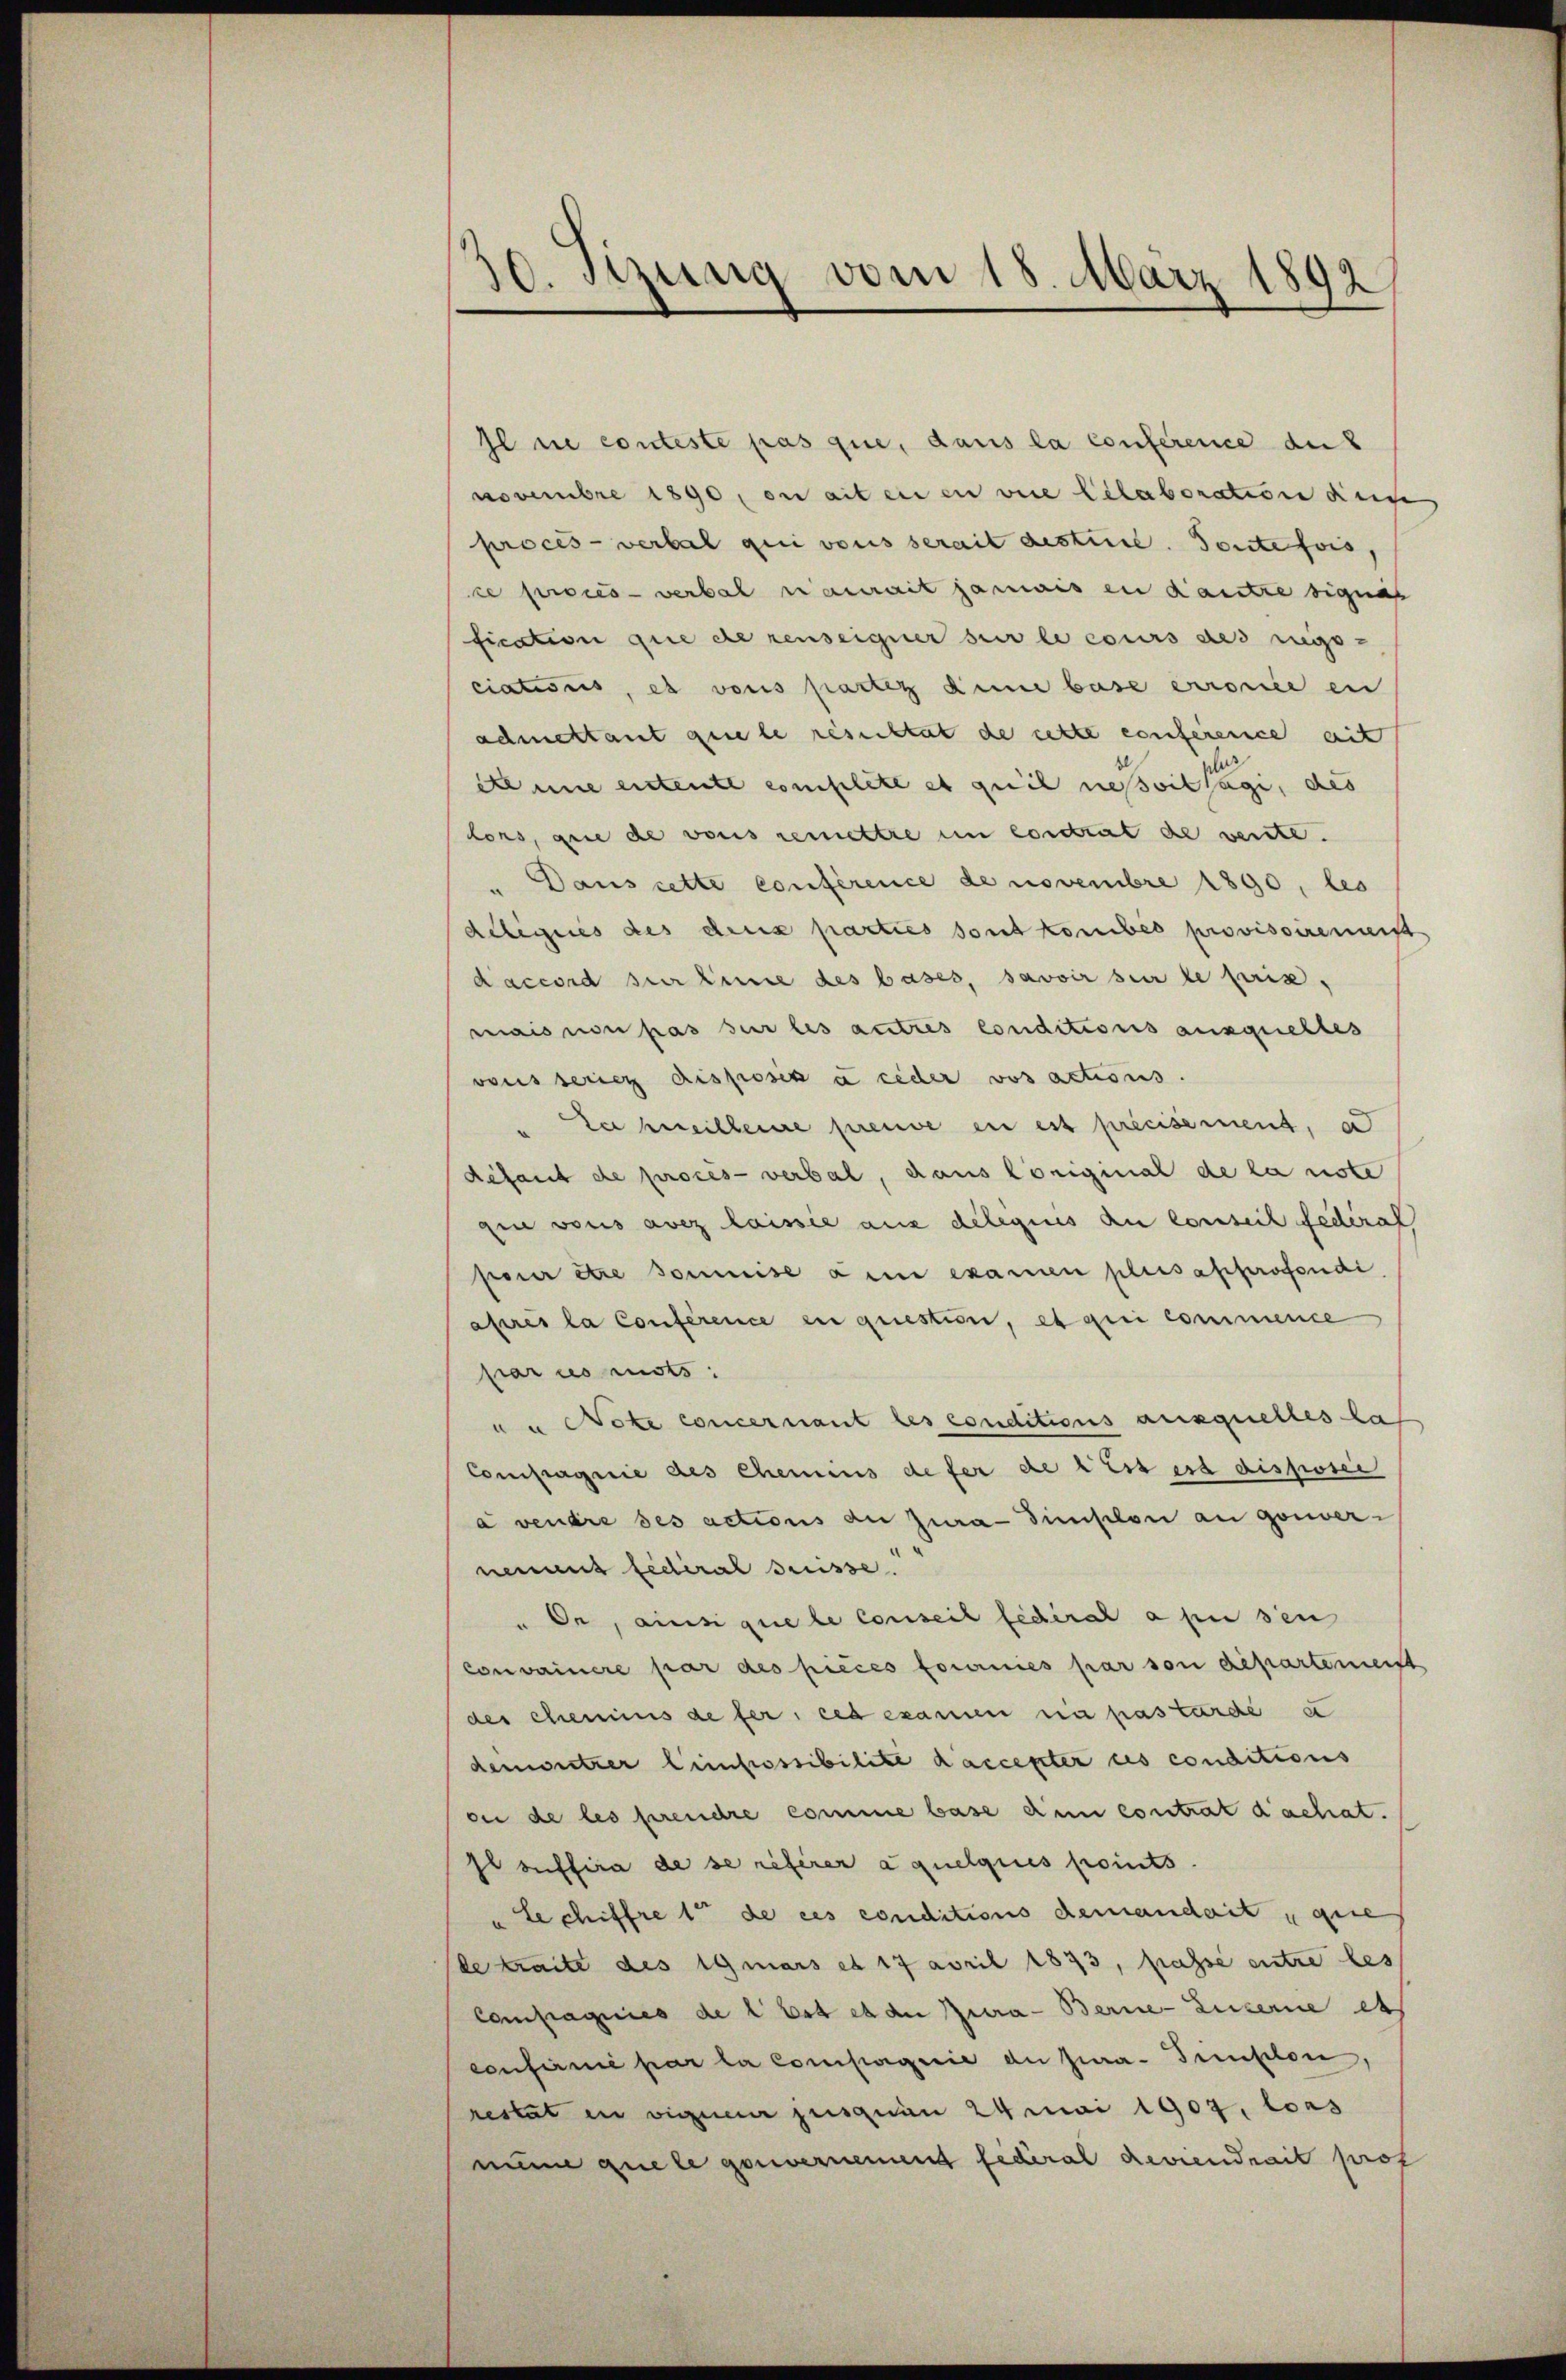
30. Tizung vom 18. März 1892

Il ne conteste pas que, dans la conference aus
novembre 1890, en aitenen vice Bilaboration dinge
procès-verbal qui vons serait destice. Toutefois,
ce procès-verbal aurait jamais in Kaute signas
fication que de renseigner sur le cours des regs-
ciationis, es vons partez dene base erronce en
admettant quiele résultat de cette conference mit
ete eine entente complité et quil nessoilsägi, des
lons, que de vonis remettre in condrat de vente.
Dans cette conférence de novembre 1890, bes
deleges des dens parties sont kombés provisoirement
daccord zur Einne des bases, savoir sie le pris-
mais non pas sur les autres conditions ausquelles
vous serie Disposer u ceder vos actions.
e bereitere preuve en est précisement, a
défaut de proces-verbal, dans Coriginal de la note
gin vons avez laisse aus delegiis au conseil fédéral
pour être soumise ain examen plus approfondi
aseres la Conference en question, et qui commence
par es mots:
au Note concernant les conditions auxquelles las
Compagnie des Chemins defer de cess est disposie
à vendre ses actions au jura dimplon an gouver-
nement fédéral Preisse.
Oe, ainsi que le conseil fédéral a en sen
Convainere par des pièces fournies par von departement
des chemins de fer, ces examen in pastarde e
denvertrer Limpossibilite daccepter des conditions
on de les prendre comme base dem contrat dachat.
Il suffira de se referer aquelques points.
„le chiffret de ces conditions demandait que
de traite des Ignars et 17 april 1873, passe entre les
Compagnies de lust es de Jura - Berne-Luzerne et
confirmé par la compagnie du Jura- Pumplon,
restat in vigueur jusquan 24 Mai 1902, las
nime quele gouvernement Federal Reviendrait prot